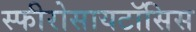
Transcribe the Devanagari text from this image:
स्फीरोसायटॉसिस